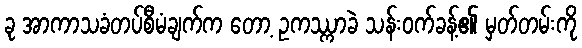
ခု အာကာသခံတပ်စီမံချက်က တော့ ဥကဿ္ကာခဲ သန်းဝက်ခန့်၏ မှတ်တမ်းကို